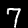
Label: 7